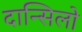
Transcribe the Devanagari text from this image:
दान्सिलो